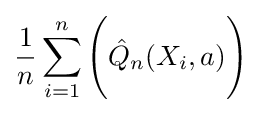
{\frac {1}{n}}\sum _{i=1}^{n}{\Biggl (}{\hat {Q}}_{n}(X_{i},a){\Biggr )}